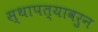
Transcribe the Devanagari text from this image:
स्थापत्यावरुन